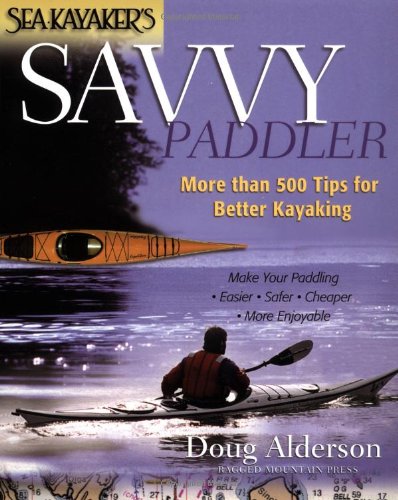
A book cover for Sea Kayaker's Savvy Paddler: More than 500 Tips for Better Kayaking; Doug Alderson; Sports & Outdoors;